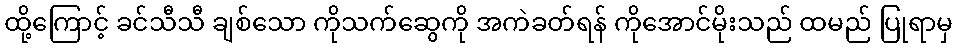
ထို့ကြောင့် ခင်သီသီ ချစ်သော ကိုသက်ဆွေကို အကဲခတ်ရန် ကိုအောင်မိုးသည် ထမည် ပြုရာမှ